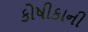
કોષીકાની